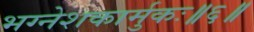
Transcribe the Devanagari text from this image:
भग्नेशकार्मुकः॥६॥